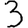
Digit: 3